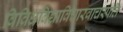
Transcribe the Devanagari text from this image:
विविधविद्याविचारवाचस्पति